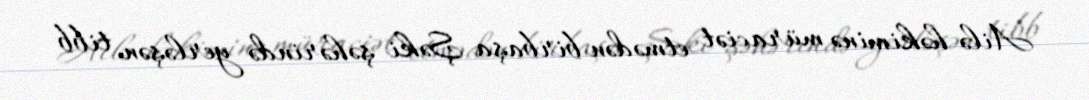
Ailə həkiminə müraciət etmədən birbaşa Şəki şəhərində yerləşən tibb